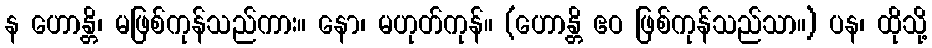
န ဟောန္တိ၊ မဖြစ်ကုန်သည်ကား။ နော၊ မဟုတ်ကုန်။ (ဟောန္တိ ဧဝ ဖြစ်ကုန်သည်သာ။) ပန၊ ထိုသို့